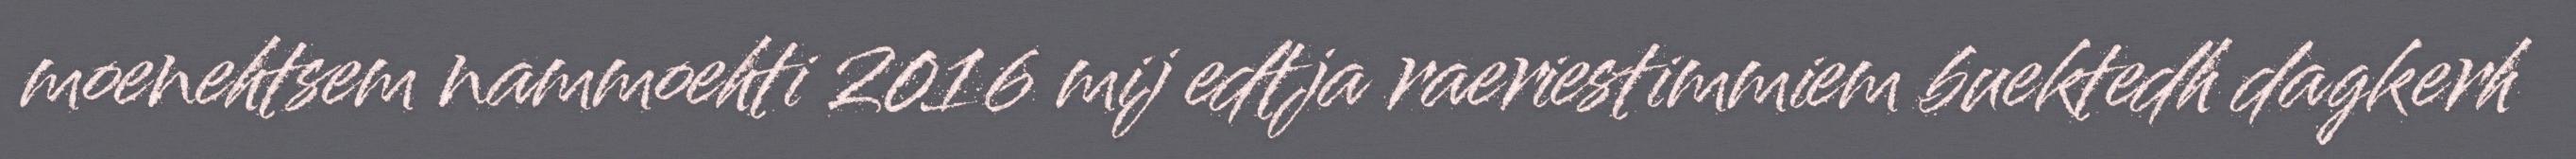
moenehtsem nammoehti 2016 mij edtja raeriestimmiem buektedh dagkerh